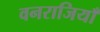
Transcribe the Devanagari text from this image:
वनराजियाँ